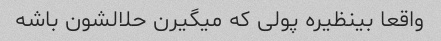
واقعا بینظیره پولی که میگیرن حلالشون باشه